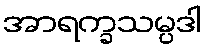
အာရက္ခသမ္ပဒါ